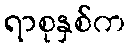
ရာစုနှစ်က